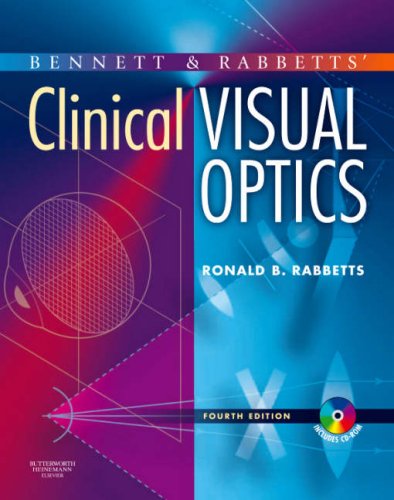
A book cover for Bennett and Rabbett's Clinical Visual Optics, 4e; Ronald B. Rabbetts MSc  SMSA  FBCOptom  DCLP; Medical Books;